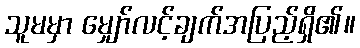
သူမမှာ မျှော်လင့်ချက်အပြည့်ရှိ၏။